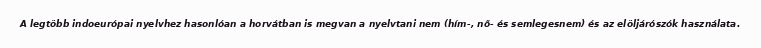
A legtöbb indoeurópai nyelvhez hasonlóan a horvátban is megvan a nyelvtani nem (hím-, nő- és semlegesnem) és az elöljárószók használata.